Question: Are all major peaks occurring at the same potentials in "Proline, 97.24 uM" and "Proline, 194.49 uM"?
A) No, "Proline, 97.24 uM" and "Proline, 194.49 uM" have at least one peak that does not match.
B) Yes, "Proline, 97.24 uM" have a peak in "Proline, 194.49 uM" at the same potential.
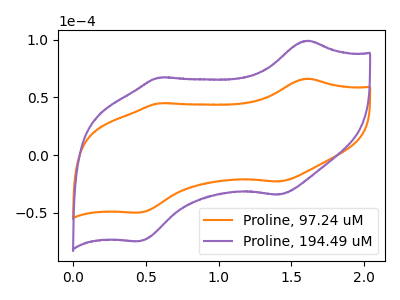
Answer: <think>The orange curve "Proline, 97.24 uM" has anodic peaks at (1.60V, 66.35uA) (0.60V, 45.00uA) and cathodic peaks at (1.40V, -22.95uA) (0.45V, -49.90uA). The purple curve "Proline, 194.49 uM" has anodic peaks at (1.60V, 99.35uA) (0.60V, 67.35uA) and cathodic peaks at (1.40V, -34.35uA) (0.45V, -74.70uA).</think>
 <answer>B) Yes, "Proline, 97.24 uM" have a peak in "Proline, 194.49 uM" at the same potential.</answer>
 <eval>B</eval>